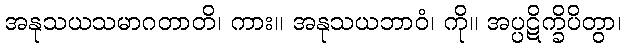
အနုသယသမာဂတာတိ၊ ကား။ အနုသယဘာဝံ၊ ကို။ အပ္ပဋိက္ခိပိတွာ၊